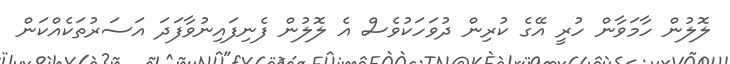
ލޮލުން ހާމަވާން ހުރީ އޭގެ ކުރިން ދުވަހަކުވެސް އެ ލޮލުން ފެނިފައިނުވާފަދަ އަސަރުތަކެެއްކަން